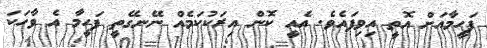
ފަހީމާއަށް އޮތީ އިވިފައެވެ. އެއީ ކޮން އިރަކުކަމެއް ނޭނގޭތީ ފަހީމާ އެ ވާހަކަ